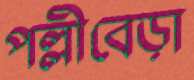
পল্লীবেড়া